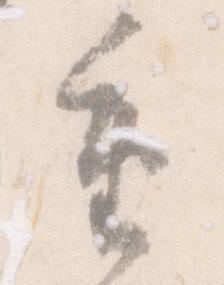
重